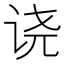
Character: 𫍢